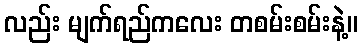
လည်း မျက်ရည်ကလေး တစမ်းစမ်းနဲ့။